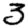
Digit: 3